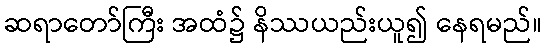
ဆရာတော်ကြီး အထံ၌ နိဿယည်းယူ၍ နေရမည်။